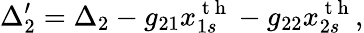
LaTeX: \Delta_{2}^{\prime}=\Delta_{2}-g_{21}x_{1s}^{\mathrm{~t~h~}}-g_{22}x_{2s}^{\mathrm{~t~h~}},